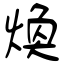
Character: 煥